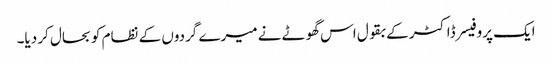
ایک پروفیسر ڈاکٹر کے بقول اس گھوٹے نے میرے گردوں کے نظام کو بحال کر دیا۔